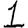
Digit: 1